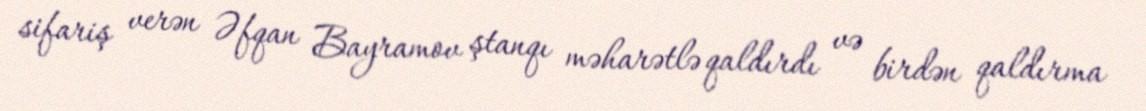
sifariş verən Əfqan Bayramov ştanqı məharətlə qaldırdı və birdən qaldırma